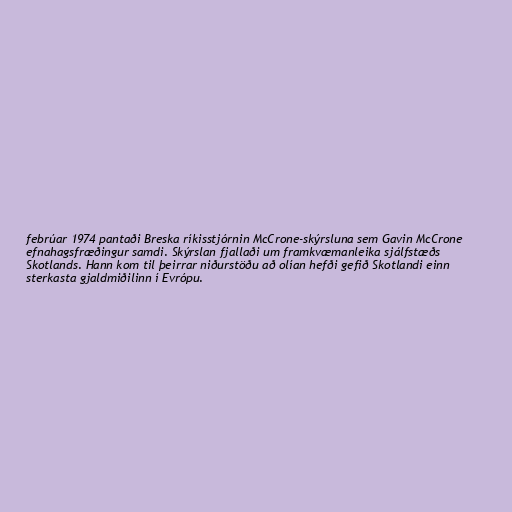
febrúar 1974 pantaði Breska ríkisstjórnin McCrone-skýrsluna sem Gavin McCrone
efnahagsfræðingur samdi. Skýrslan fjallaði um framkvæmanleika sjálfstæðs
Skotlands. Hann kom til þeirrar niðurstöðu að olían hefði gefið Skotlandi einn
sterkasta gjaldmiðilinn í Evrópu.